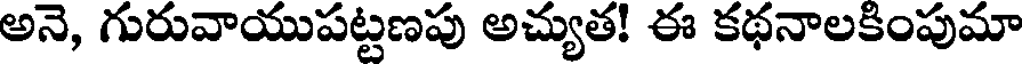
అనె, గురువాయుపట్టణపు అచ్యుత! ఈ కథనాలకింపుమా